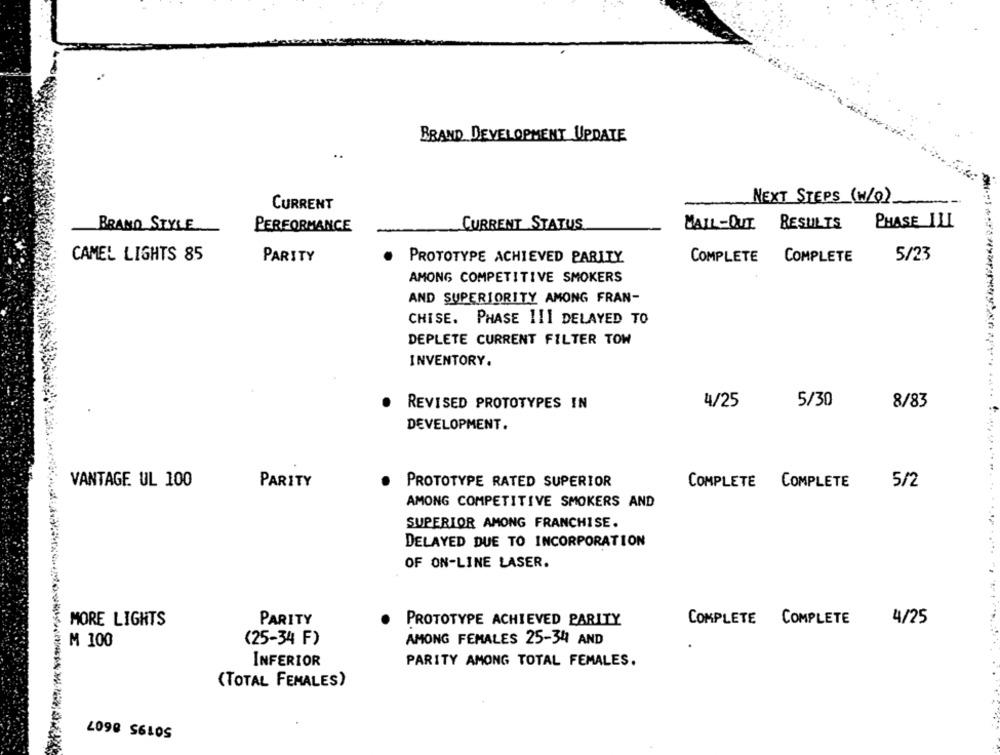
BRAND DEVELOPMENT UPDATE
NEXT STEPS (W/O)
CURRENT
CURRENT STATUS
MAIL-OUT
RESULTS
PHASE ILL
BRAND STYLE
PERFORMANCE
5/23
CAMEL LIGHTS 85
PARITY
PROTOTYPE ACHIEVED PARITY
COMPLETE
COMPLETE
AMONG COMPETITIVE SMOKERS
AND SUPERIORITY AMONG FRAN-
CHISE. PHASE 111 DELAYED TO
DEPLETE CURRENT FILTER TOW
INVENTORY.
REVISED PROTOTYPES IN
4/25
5/30
8/83
DEVELOPMENT.
VANTAGE UL 100
PARITY
PROTOTYPE RATED SUPERIOR
COMPLETE COMPLETE
5/2
AMONG COMPETITIVE SMOKERS AND
SUPERIOR AMONG FRANCHISE.
DELAYED DUE TO INCORPORATION
OF ON-LINE LASER.
MORE LIGHTS
PARITY
PROTOTYPE ACHIEVED PARITY
COMPLETE COMPLETE
4/25
(25-34 F)
AMONG FEMALES 25-34 AND
M 100
INFERIOR
PARITY AMONG TOTAL FEMALES.
(TOTAL FEMALES)
2098 S6LOS